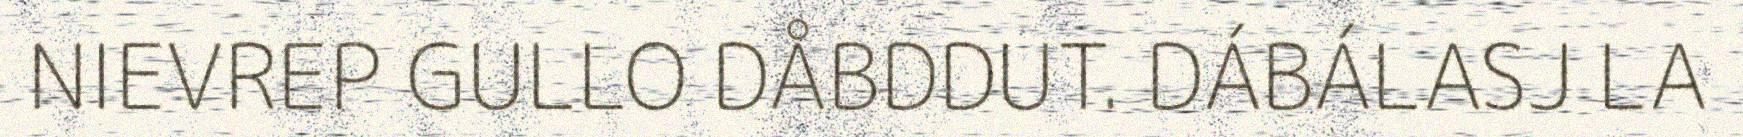
NIEVREP GULLO DÅBDDUT. DÁBÁLASJ LA